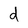
Character: d